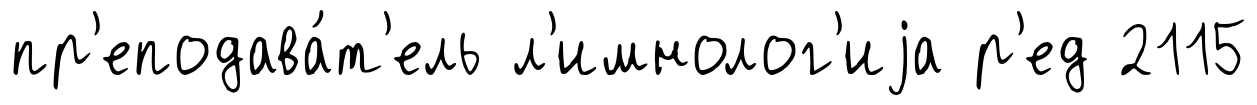
пр'еподава́т'ель л'имнолог'иjа р'ед 2115